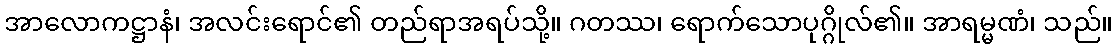
အာလောကဋ္ဌာနံ၊ အလင်းရောင်၏ တည်ရာအရပ်သို့။ ဂတဿ၊ ရောက်သောပုဂ္ဂိုလ်၏။ အာရမ္မဏံ၊ သည်။